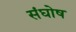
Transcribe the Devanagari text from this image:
संघोष